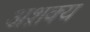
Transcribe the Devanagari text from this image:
अश़क्य